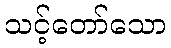
သင့်တော်သော